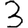
Digit: 3